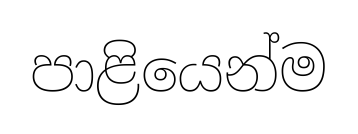
පාළියෙන්ම